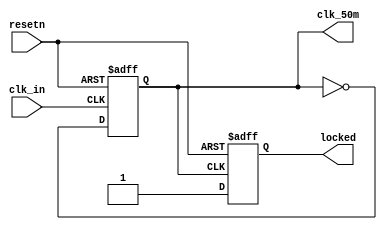
//****************************************************************************/
//  Arty CM0 "DesignStart"
//  RTL IMPLEMENTATION, Synchronous Version
//
//  Copyright (C) yyyy  Ronan Barzic - rbarzic@gmail.com
//
//  This program is free software; you can redistribute it and/or
//  modify it under the terms of the GNU General Public License
//  as published by the Free Software Foundation; either version 2
//  of the License, or (at your option) any later version.
//
//  This program is distributed in the hope that it will be useful,
//  but WITHOUT ANY WARRANTY; without even the implied warranty of
//  MERCHANTABILITY or FITNESS FOR A PARTICULAR PURPOSE.  See the
//  GNU General Public License for more details.
//
//  You should have received a copy of the GNU General Public License
//  along with this program; if not, write to the Free Software
//  Foundation, Inc., 51 Franklin Street, Fifth Floor, Boston,MA 02110-1301,USA.
//
//
//
//  Description     :   A behavioural model from the MMCM (Xilinx) clock component
//
//
//
//****************************************************************************/


module arty_mmcm (/*AUTOARG*/
   // Outputs
   clk_50m, locked,
   // Inputs
   clk_in, resetn
   );


   input clk_in;
   output clk_50m;
   input  resetn;
   output locked;

   /*AUTOINPUT*/
   /*AUTOOUTPUT*/

   /*AUTOREG*/
   // Beginning of automatic regs (for this module's undeclared outputs)
   reg                  clk_50m;
   reg                  locked;
   // End of automatics
   /*AUTOWIRE*/

   always @(posedge clk_in or negedge resetn) begin
      if(resetn == 1'b0) begin
         /*AUTORESET*/
         // Beginning of autoreset for uninitialized flops
         clk_50m <= 1'h0;
         // End of automatics
      end
      else begin
         clk_50m <= !clk_50m;
      end
   end

   always @(posedge clk_50m or negedge resetn) begin
      if(resetn == 1'b0) begin
         /*AUTORESET*/
         // Beginning of autoreset for uninitialized flops
         locked = 1'h0;
         // End of automatics
      end
      else begin
         locked <= 1'b1;

      end
   end



endmodule // arty_mmcm_sim
/*
 Local Variables:
 verilog-library-directories:(
 "."
 )
 End:
 */